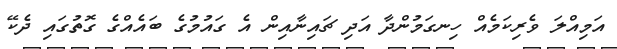
އަމިއްލަ ވެރިކަމެއް ހިނގަމުންދާ އަދި ޗައިނާއިން އެ ގައުމުގެ ބައެއްގެ ގޮތުގައި ދެކޭ